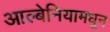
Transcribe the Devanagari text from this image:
आल्बेनियामधून